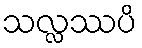
သလ္လဿပိ